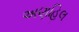
અણહિલ